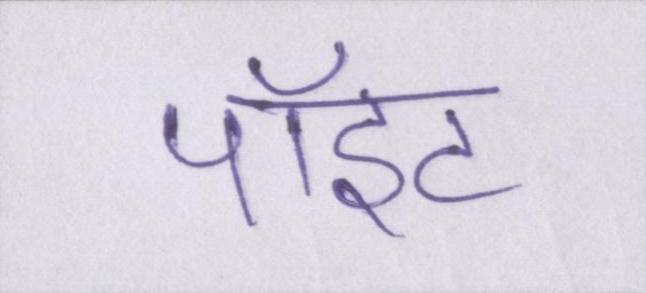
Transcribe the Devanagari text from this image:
पॉइंट